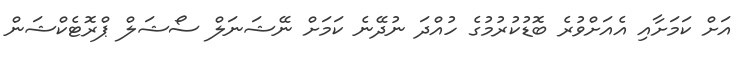
އަށް ކަމަށާއި އެއަށްވުރެ ބޮޑުކުރުމުގެ ހުއްދަ ނުދޭނެ ކަމަށް ނޭޝަނަލް ސޯޝަލް ޕްރޮޓެކްޝަން